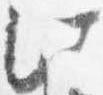
此